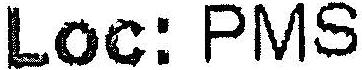
LOC: PMS